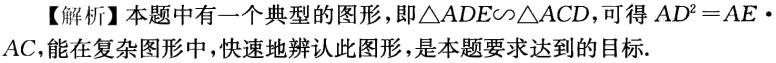
【解析】本题中有一个典型的图形，即$\triangle ADE\sim\triangle ACD$，可得$AD^{2}=AE\cdot AC$，能在复杂图形中，快速地辨认此图形，是本题要求达到的目标.